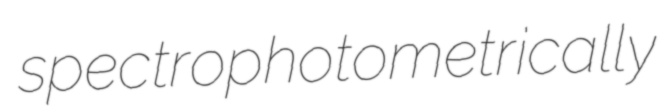
spectrophotometrically